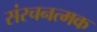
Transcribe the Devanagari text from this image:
संरचनत्मक